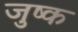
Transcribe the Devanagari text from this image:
जुष्क